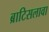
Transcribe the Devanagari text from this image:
ब्राटिसलावा